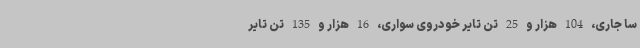
سا جاری، 104 هزار و 25 تن تایر خودروی سواری، 16 هزار و 135 تن تایر